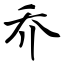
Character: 乔